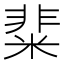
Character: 𥺟